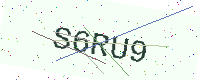
Text: S6RU9